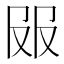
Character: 𰆼